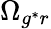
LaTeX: \Omega_{g^{*}r}